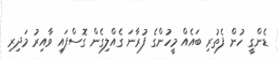
ޑެންގީ ހުން ފެތުރި ބައެއް މީހުންގެ ފުރާނަ ގެއްލިގެން ގޮސްފައި ވާއިރު މަދިރި